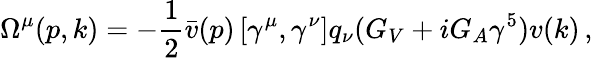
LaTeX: \Omega^{\mu}(p,k)=-\frac{1}{2}\bar{v}(p)\left[\gamma^{\mu},\gamma^{\nu}\right]q_{\nu}(G_{V}+iG_{A}\gamma^{5})v(k)\, ,